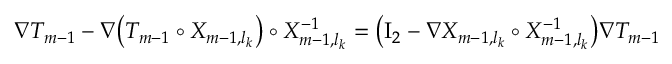
\begin{array} { r } { \nabla T _ { m - 1 } - \nabla \bigl ( T _ { m - 1 } \circ X _ { m - 1 , l _ { k } } \bigr ) \circ X _ { m - 1 , l _ { k } } ^ { - 1 } = \bigl ( \ensuremath { \mathrm { I } _ { 2 } } - \nabla X _ { m - 1 , l _ { k } } \circ X _ { m - 1 , l _ { k } } ^ { - 1 } \bigr ) \nabla T _ { m - 1 } } \end{array}